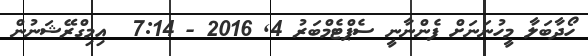
ހޯދާބަލާ މީހުނަނަށް ފެންނާނީ ސެޕްޓެމްބަރު 4